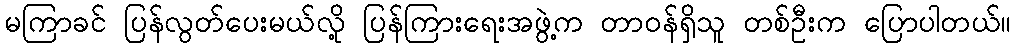
မကြာခင် ပြန်လွတ်ပေးမယ်လို့ ပြန်ကြားရေးအဖွဲ့က တာဝန်ရှိသူ တစ်ဦးက ပြောပါတယ်။